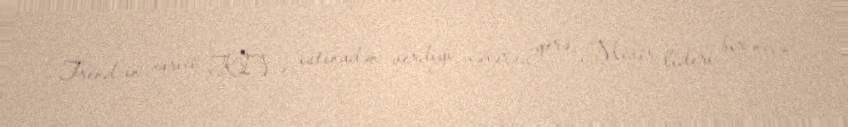
Trend-in xarici KIV-ə istinadən verdiyi xəbərə görə, Misir lideri bir neçə